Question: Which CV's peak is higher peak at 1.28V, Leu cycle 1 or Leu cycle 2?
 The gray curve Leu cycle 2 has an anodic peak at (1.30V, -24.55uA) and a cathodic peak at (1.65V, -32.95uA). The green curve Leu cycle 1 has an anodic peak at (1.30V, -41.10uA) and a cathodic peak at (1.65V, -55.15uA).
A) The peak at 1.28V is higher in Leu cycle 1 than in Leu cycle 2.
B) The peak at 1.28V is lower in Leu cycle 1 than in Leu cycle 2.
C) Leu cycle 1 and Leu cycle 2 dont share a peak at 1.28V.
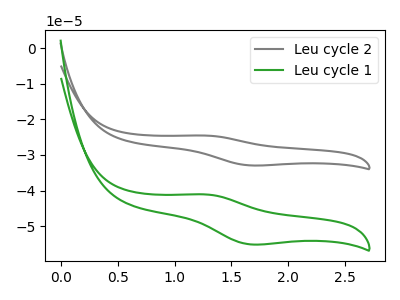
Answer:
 <answer>B) The peak at 1.28V is lower in "Leu cycle 1" than in "Leu cycle 2".</answer>
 <eval>B</eval>